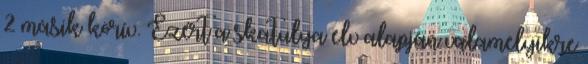
2 másik körív. Ezért a skatulya elv alapján valamelyikre